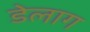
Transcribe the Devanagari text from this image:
डेलाग